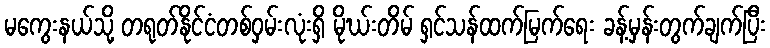
မကွေးနယ်သို့ တရုတ်နိုင်ငံတစ်ဝှမ်းလုံးရှိ မိုဃ်းတိမ် ရှင်သန်ထက်မြက်ရေး ခန့်မှန်းတွက်ချက်ပြီး